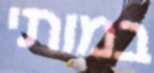
במותי